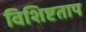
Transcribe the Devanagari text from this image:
विशिष्टताप